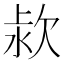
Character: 𣢻